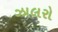
ઝાલરો